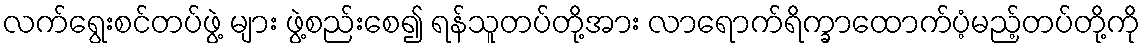
လက်ရွေးစင်တပ်ဖွဲ့ များ ဖွဲ့စည်းစေ၍ ရန်သူတပ်တို့အား လာရောက်ရိက္ခာထောက်ပံ့မည့်တပ်တို့ကို